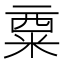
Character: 𱹅